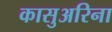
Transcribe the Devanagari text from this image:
कासुअरिना